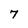
Character: 7